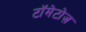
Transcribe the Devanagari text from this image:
टॉमेटोज़